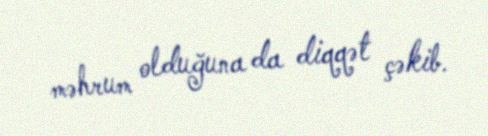
məhrum olduğuna da diqqət çəkib.